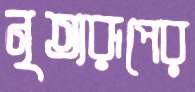
নৃত্যরূপের